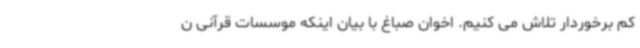
کم برخوردار تلاش می کنیم. اخوان صباغ با بیان اینکه موسسات قرآنی ن